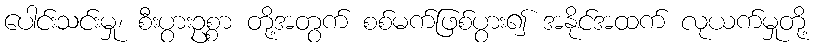
ပေါင်းသင်းမှု၊ စီးပွားဥစ္စာ တို့အတွက် စစ်မက်ဖြစ်ပွား၍ အနိုင်အထက် လုယက်မှုတို့